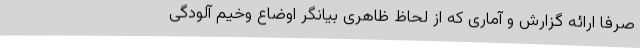
صرفا ارائه گزارش و آماری که از لحاظ ظاهری بیانگر اوضاع وخیم آلودگی